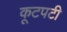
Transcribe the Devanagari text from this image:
कूटपटी